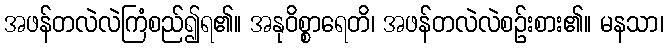
အဖန်တလဲလဲကြံစည်၍ရ၏။ အနုဝိစ္စာရေတိ၊ အဖန်တလဲလဲစဉ်းစား၏။ မနသာ၊